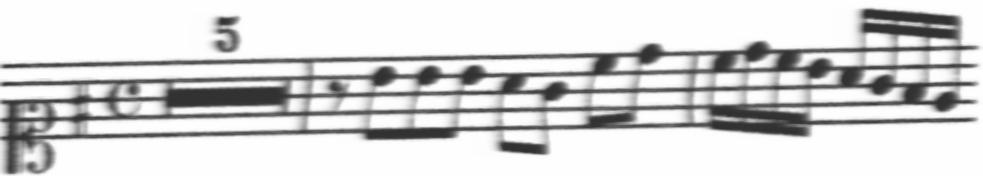
Transcription: clef-C1 keySignature-GM timeSignature-C multirest-5 barline rest-eighth note-B4_eighth note-B4_eighth note-B4_eighth note-A4_eighth note-G4_eighth note-C5_eighth note-D5_eighth barline note-C5_sixteenth note-D5_sixteenth note-C5_sixteenth note-B4_sixteenth note-A4_sixteenth note-G4_sixteenth note-F#4_sixteenth note-E4_sixteenth